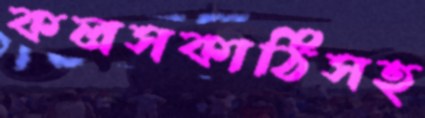
কলসকাঠিসহ